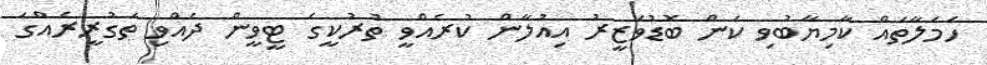
ހަމަލާތައް ކާމިޔާބުވި ކަން ބޮޑުވަޒީރު އިއުލާން ކުރެއްވީ ތުރުކީގެ ޓީވީން ދެއްވި ތަގުރީރެއްގަ